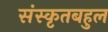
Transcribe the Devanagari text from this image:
संस्कृतबहुल